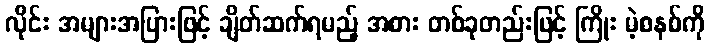
လိုင်း အများအပြားဖြင့် ချိတ်ဆက်ရမည့် အစား တစ်ခုတည်းဖြင့် ကြိုး မဲ့စနစ်ကို